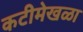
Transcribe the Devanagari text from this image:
कटीमेखळा